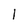
Character: l